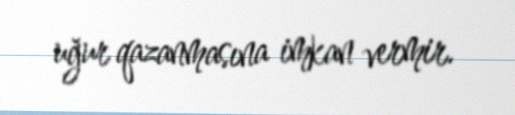
uğur qazanmasına imkan vermir.